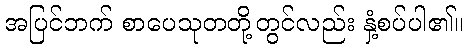
အပြင်ဘက် စာပေသုတတို့တွင်လည်း နှံ့စပ်ပါ၏။